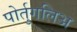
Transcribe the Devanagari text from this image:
पोर्तुगलिअ